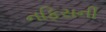
નફિસની